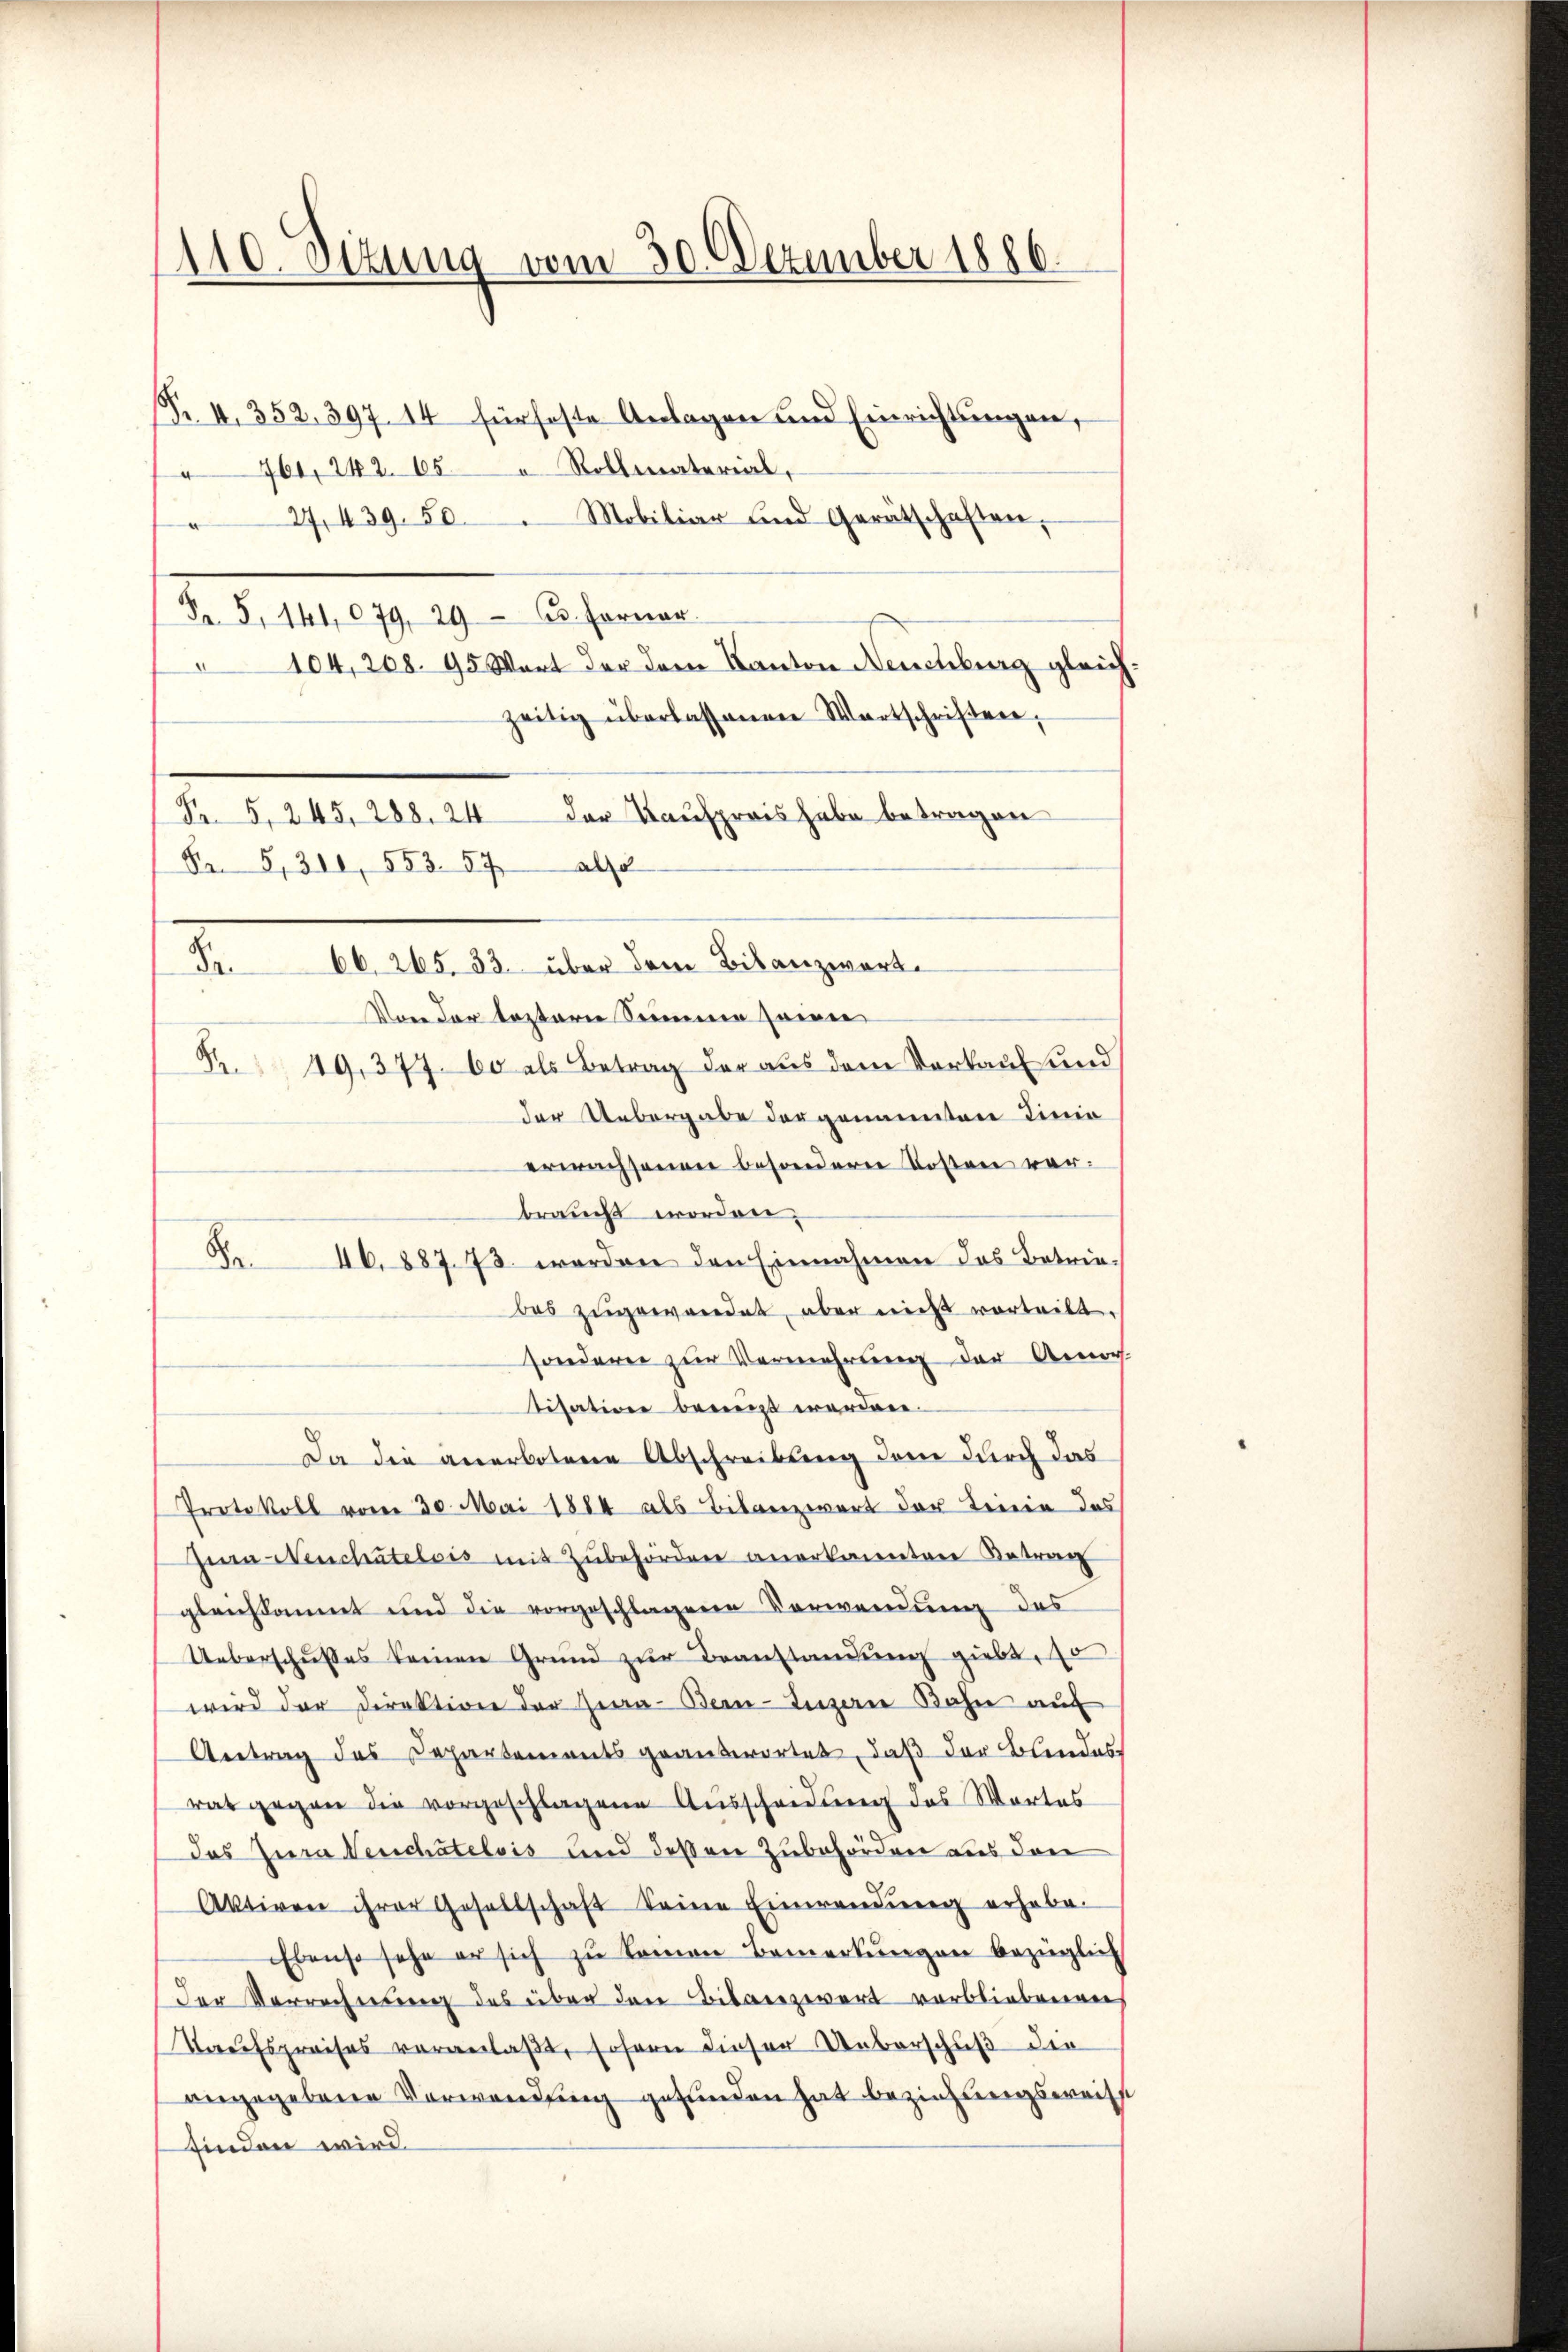
110. Situng vom 30. Dezember 1886.

Pr. 4. 352. 397. 14 für feste Anlagen und Einrichtungen,
 761, 242. 65 " Rollmaterial,
27,439. 50. Mobiliar und Gerätschaften,
Fr. 5. 141,079. 29. 63. Ferner
 104, 208. 95 Wart der dem Kanton Neuchburg gleichzeitig überlassenen Wartschriften,
Von der leztere Simmen sowie
Pr. 49. 377. 60 als Betrag der aus dem Verkauf und
der Uebergabe der genannten Linie
erwachsenen besondern Kosten vorbraucht worden;
46. 887. 73. werden den Einnahmen das Betrie-
das zugewandet, aber nicht vorteilt.
sonderer zur Vermehrung der Anor
tisation beneigt werden.
Da die anerbotene Abschreibung dem durch das
Protokoll vom 30. Mai 1884 als Bilanzwert der Linie das
Zwa Neuchatelois mit Zubehörden anerkannten Betrag
gleichsammt und die vorgeschlagene Verwendung des
Ueberschusses keinen Grund zur Beanstandung giebt, 10
wird der Direktion der Zwa- Bern-Inzen Bahn auf
Antrag des Departements geantwortet, daß der Blindes
rat gegen die vorgeschlagene Ausscheidung des Wortes
Das Jura Neuchâtelvis und dessen Zubehörden aus den
Aktiven ihrer Gesellschaft keine Einwendung erhabe.
Ebenso sehe er sich zu keinen Bemerkungen bezüglich
der Verrechnung des über den Bilanzwert verbliebenen
Kaufspreises veranlaßt, sofern dieser Ueberschuß der
angegebene Verwendung gefunden hat beziehungsweisst
finden wird.

e

R. 5, 245, 288. 24 der Kaufpreis habe betragen
Fr. 5,300, 553. 572
Fr. 66. 265. 33. über dem Bilanzwert.